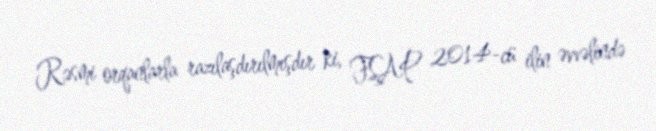
Rəsmi orqanlarla razılaşdırılmışdır ki, FSAP 2014-cü ilin əvvəlində